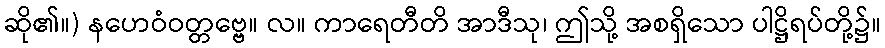
ဆို၏။) နဟေဝံဝတ္တဗ္ဗေ။ လ။ ကာရေတီတိ အာဒီသု၊ ဤသို့ အစရှိသော ပါဋ္ဌိရပ်တို့၌။